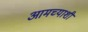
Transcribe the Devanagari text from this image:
आमच्याशी